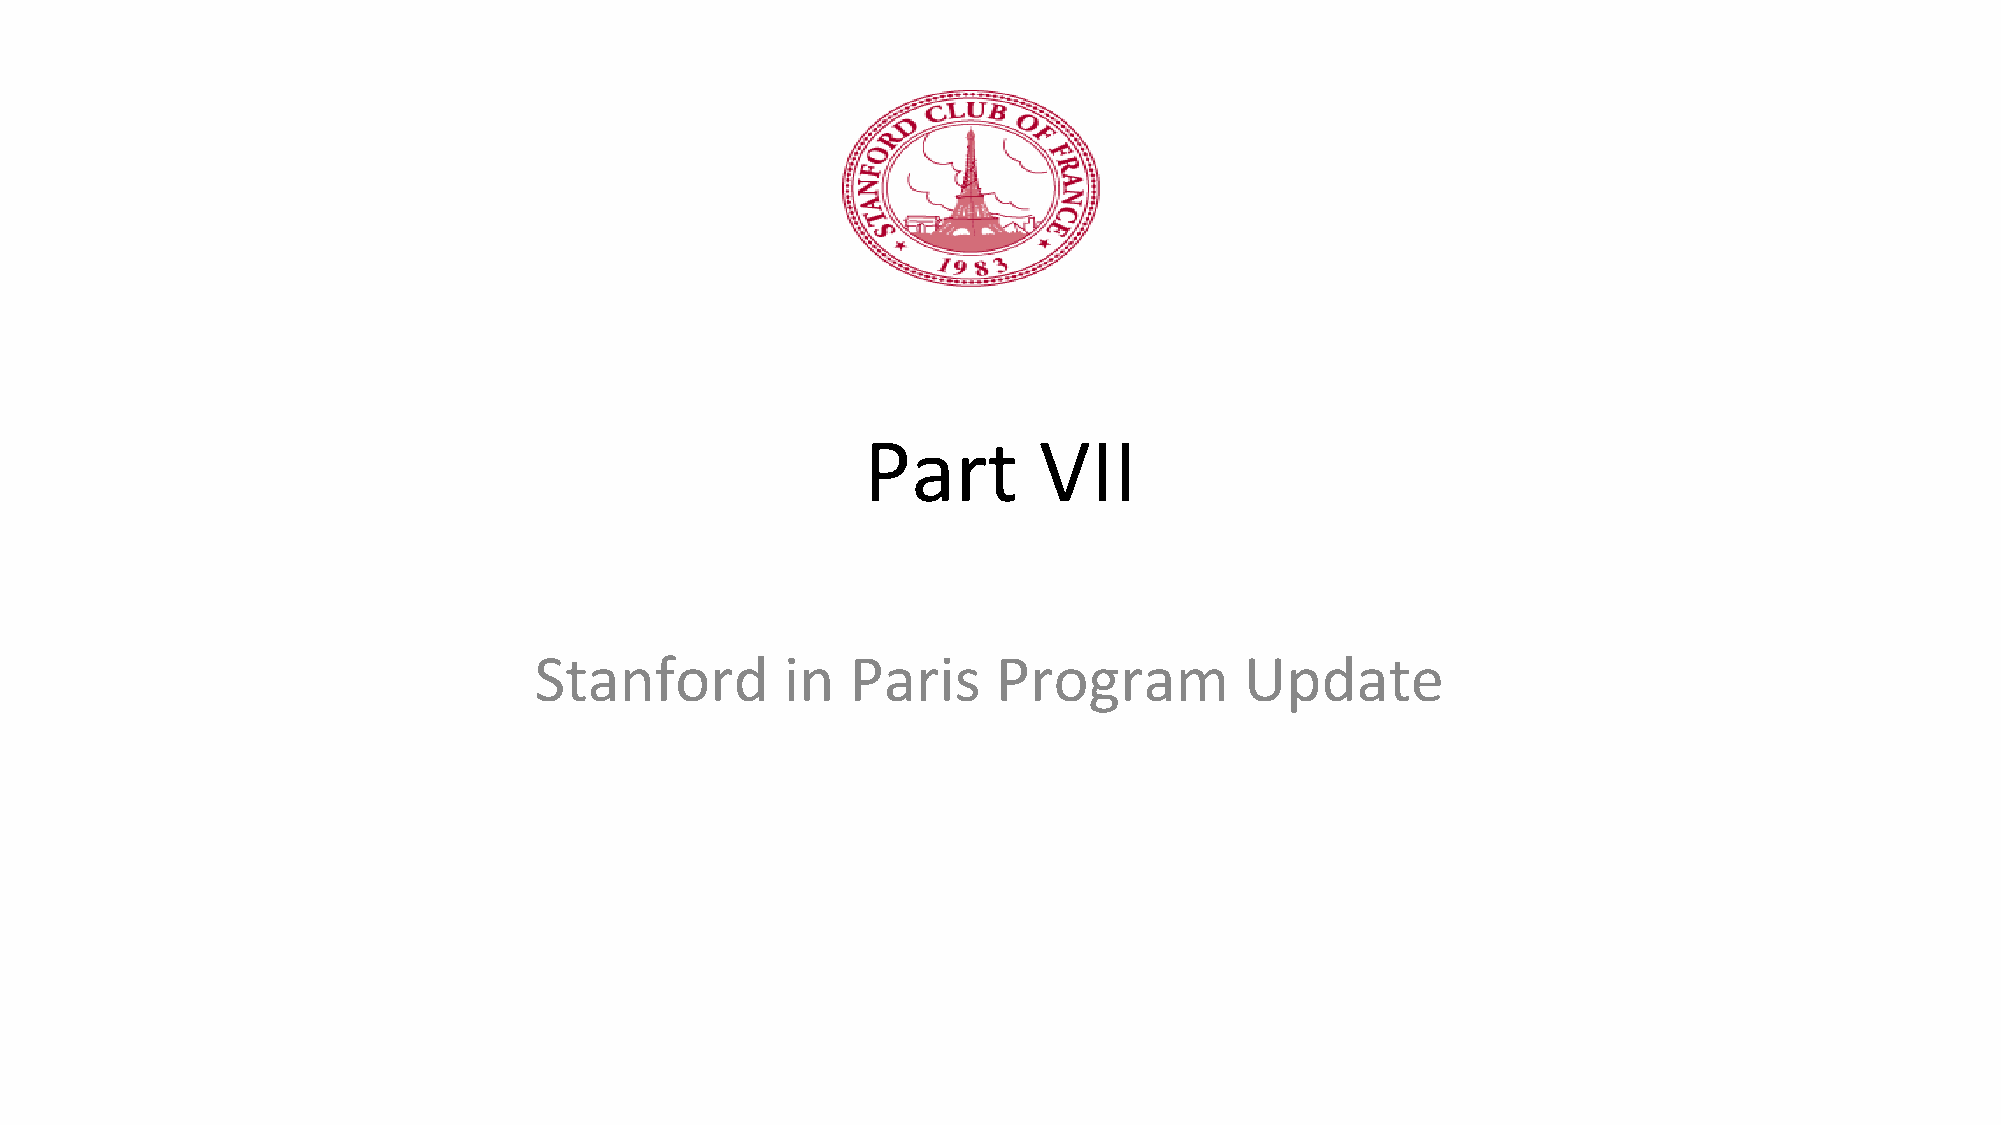
Part        VII
 Stanford         in  Paris     Program         Update